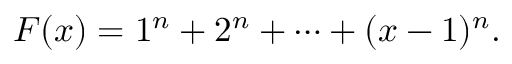
F ( x ) = 1 ^ { n } + 2 ^ { n } + \cdots + ( x - 1 ) ^ { n } .